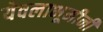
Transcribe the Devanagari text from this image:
येवलाभूमीनी